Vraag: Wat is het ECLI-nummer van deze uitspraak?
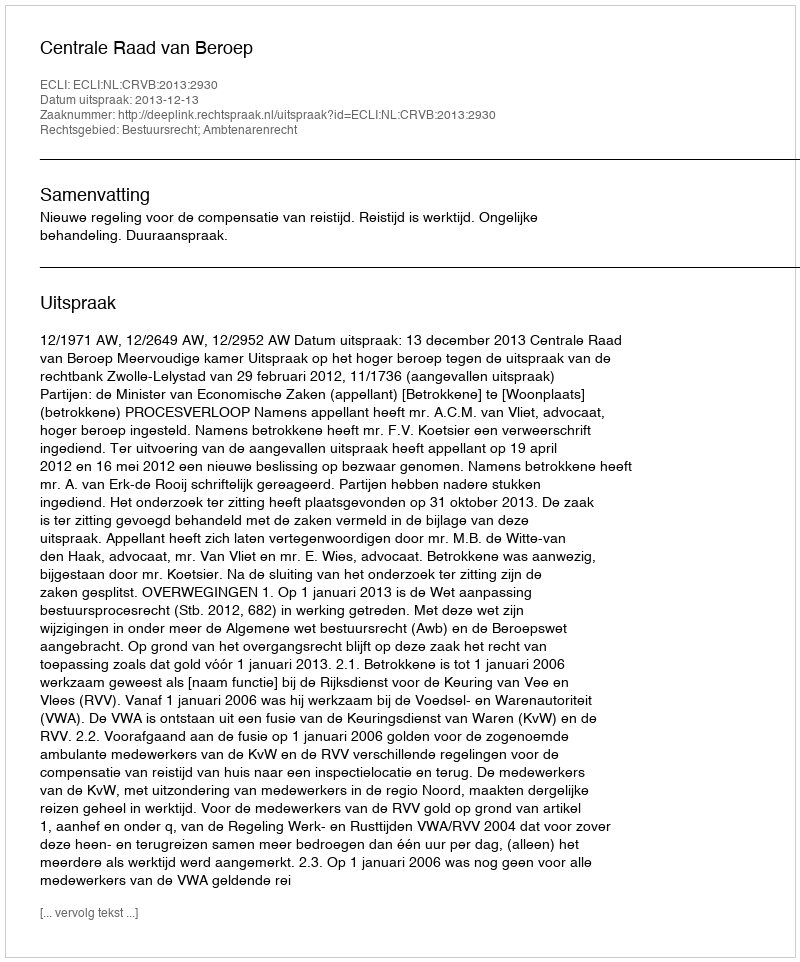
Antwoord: ECLI:NL:CRVB:2013:2930